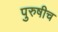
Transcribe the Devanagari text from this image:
पुरुषीच